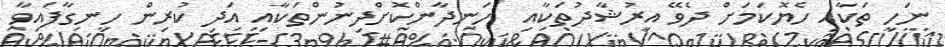
ނަހީ ތަކާއި ހެޔޮކަމަށް ދެވޭ އިރުޝާދުތަކާއި  ހަނދާންކޮށްދިނުންތަކާއި އަދި ކުރިން ހިނގާފައިވާ